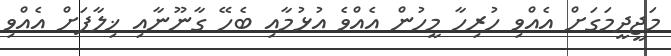
މަޖީދީމަގަށް އެއްވި ހުރިހާ މީހުން އެއްވެ އުޅުމާއި ބެހޭ ގާނޫނާއި ޚިލާފަށް އެއްވި